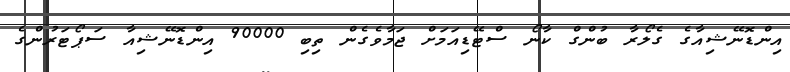
އިންޑޮނޭޝިއާގެ ގެލޯރާ ބުންގް ކާނޯ ސްޓޭޑިއަމަށް ޖަމާވެގެން ތިބި 90000 އިންޑޮނޭޝިއާ ސަޕޯޓަރުންގެ